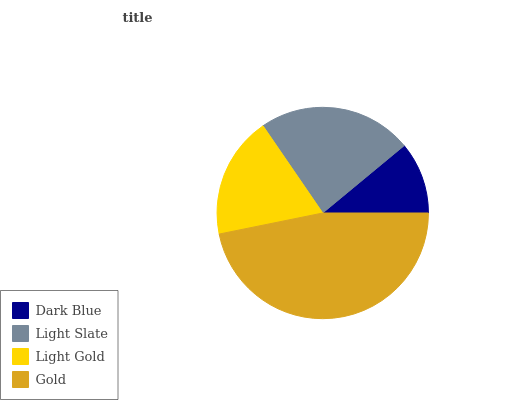
| Dark Blue | Light Slate | Light Gold | Gold |
 | --- | --- | --- | --- |
 | 11% | 23.6% | 18.6% | 46.8% |